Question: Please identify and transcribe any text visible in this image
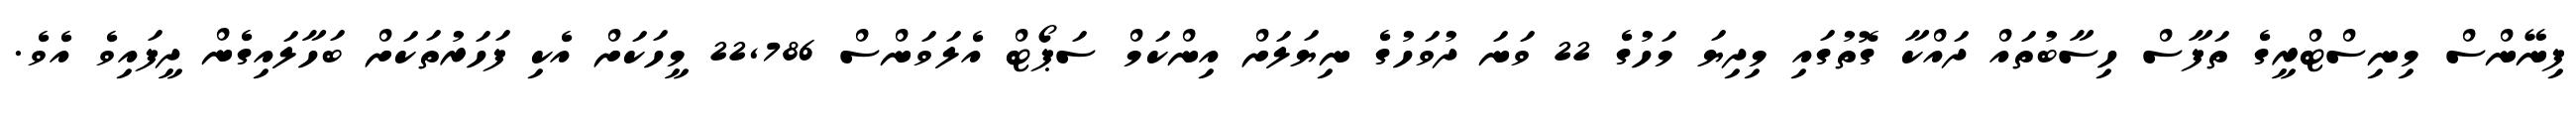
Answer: ފިނޭންސް މިނިސްޓްރީގެ ތަފާސް ހިސާބުތައް ދައްކާ ގޮތުގައި މިދިޔަ މަހުގެ 22 ވަނަ ދުވަހުގެ ނިޔަލަށް އިންކަމް ސަޕޯޓް އެލަވަންސް 22,786 މީހަކަށް އެކި ފަހަރުތަކަށް ބަހާލައިގެން ދީފައިވެ އެވެ.